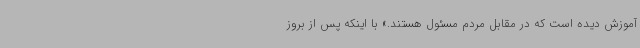
آموزش دیده است که در مقابل مردم مسئول هستند.» با اینکه پس از بروز